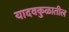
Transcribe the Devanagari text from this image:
यादवकुळातील